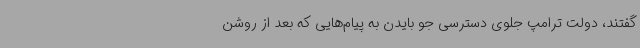
گفتند، دولت ترامپ جلوی دسترسی جو بایدن به پیام‌هایی که بعد از روشن